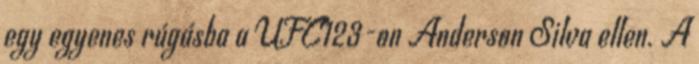
egy egyenes rúgásba a UFC123-on Anderson Silva ellen. A